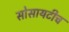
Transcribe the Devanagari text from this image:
सोसायटीच